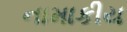
નામાકીય